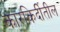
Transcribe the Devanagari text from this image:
कारकिर्दीतील